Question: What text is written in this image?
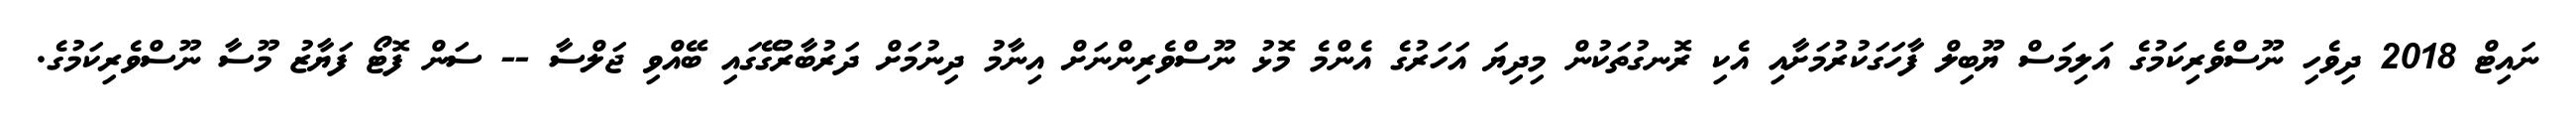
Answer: ނައިޓް 2018 ދިވެހި ނޫސްވެރިކަމުގެ އަލިމަސް ޔޫބިލް ފާހަގަކުރުމަށާއި އެކި ރޮނގުތަކުން މިދިޔަ އަހަރުގެ އެންމެ މޮޅު ނޫސްވެރިންނަށް އިނާމު ދިނުމަށް ދަރުބާރުގޭގައި ބޭއްވި ޖަލްސާ -- ސަން ފޮޓޯ ފަޔާޒު މޫސާ ނޫސްވެރިކަމުގެ.